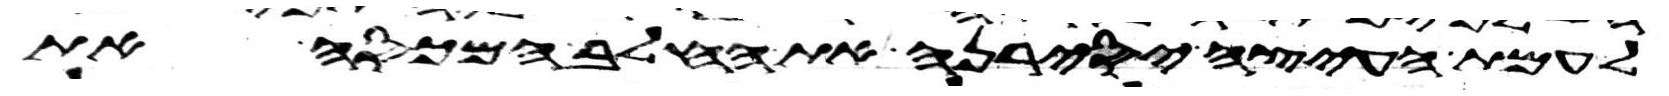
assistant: לעמת העצה יסירנה את החלב המכסה את